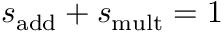
{ s } _ { \mathrm { a d d } } + { s } _ { \mathrm { m u l t } } = 1